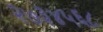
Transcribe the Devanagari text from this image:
२७३४५६८